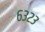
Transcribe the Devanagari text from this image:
६३२३